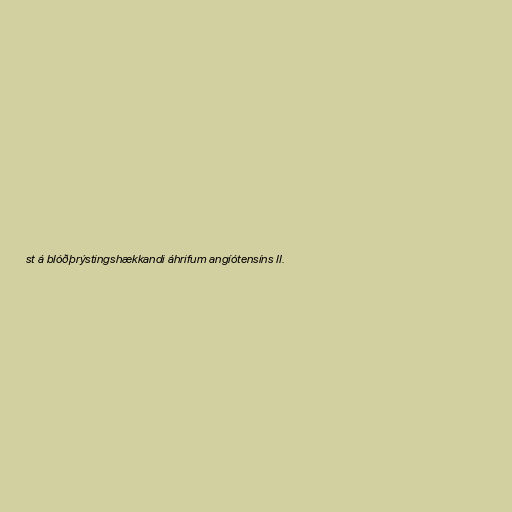
st á blóðþrýstingshækkandi áhrifum angíótensíns II.